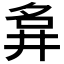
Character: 𡖚